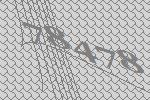
78478